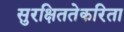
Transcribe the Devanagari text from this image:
सुरक्षिततेकरिता